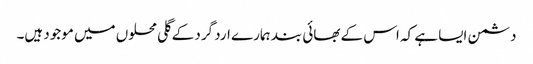
دشمن ایسا ہے کہ اس کے بھائی بند ہمارے ارد گرد کے گلی محلوں میں موجود ہیں۔